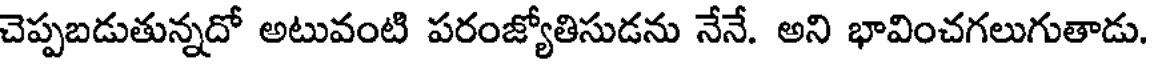
చెప్పబడుతున్నదో అటువంటి పరంజ్యోతిసుడను నేనే. అని భావించగలుగుతాడు